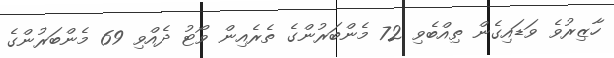
ހާޒިރުވެ ވަޑައިގެން ތިއްބެވި 72 މެންބަރުންގެ ތެރެއިން ވޯޓު ދެއްވި 69 މެންބަރުންގެ